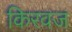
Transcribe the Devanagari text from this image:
किरवज